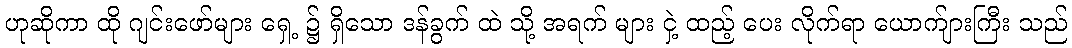
ဟုဆိုကာ ထို ဂျင်းဖော်များ ရှေ့ ၌ ရှိသော ဒန်ခွက် ထဲ သို့ အရက် များ ငှဲ့ ထည့် ပေး လိုက်ရာ ယောက်ျားကြီး သည်